NAE_ERA_R-1665_Eesti_Kunstnike_Liit, lk 23
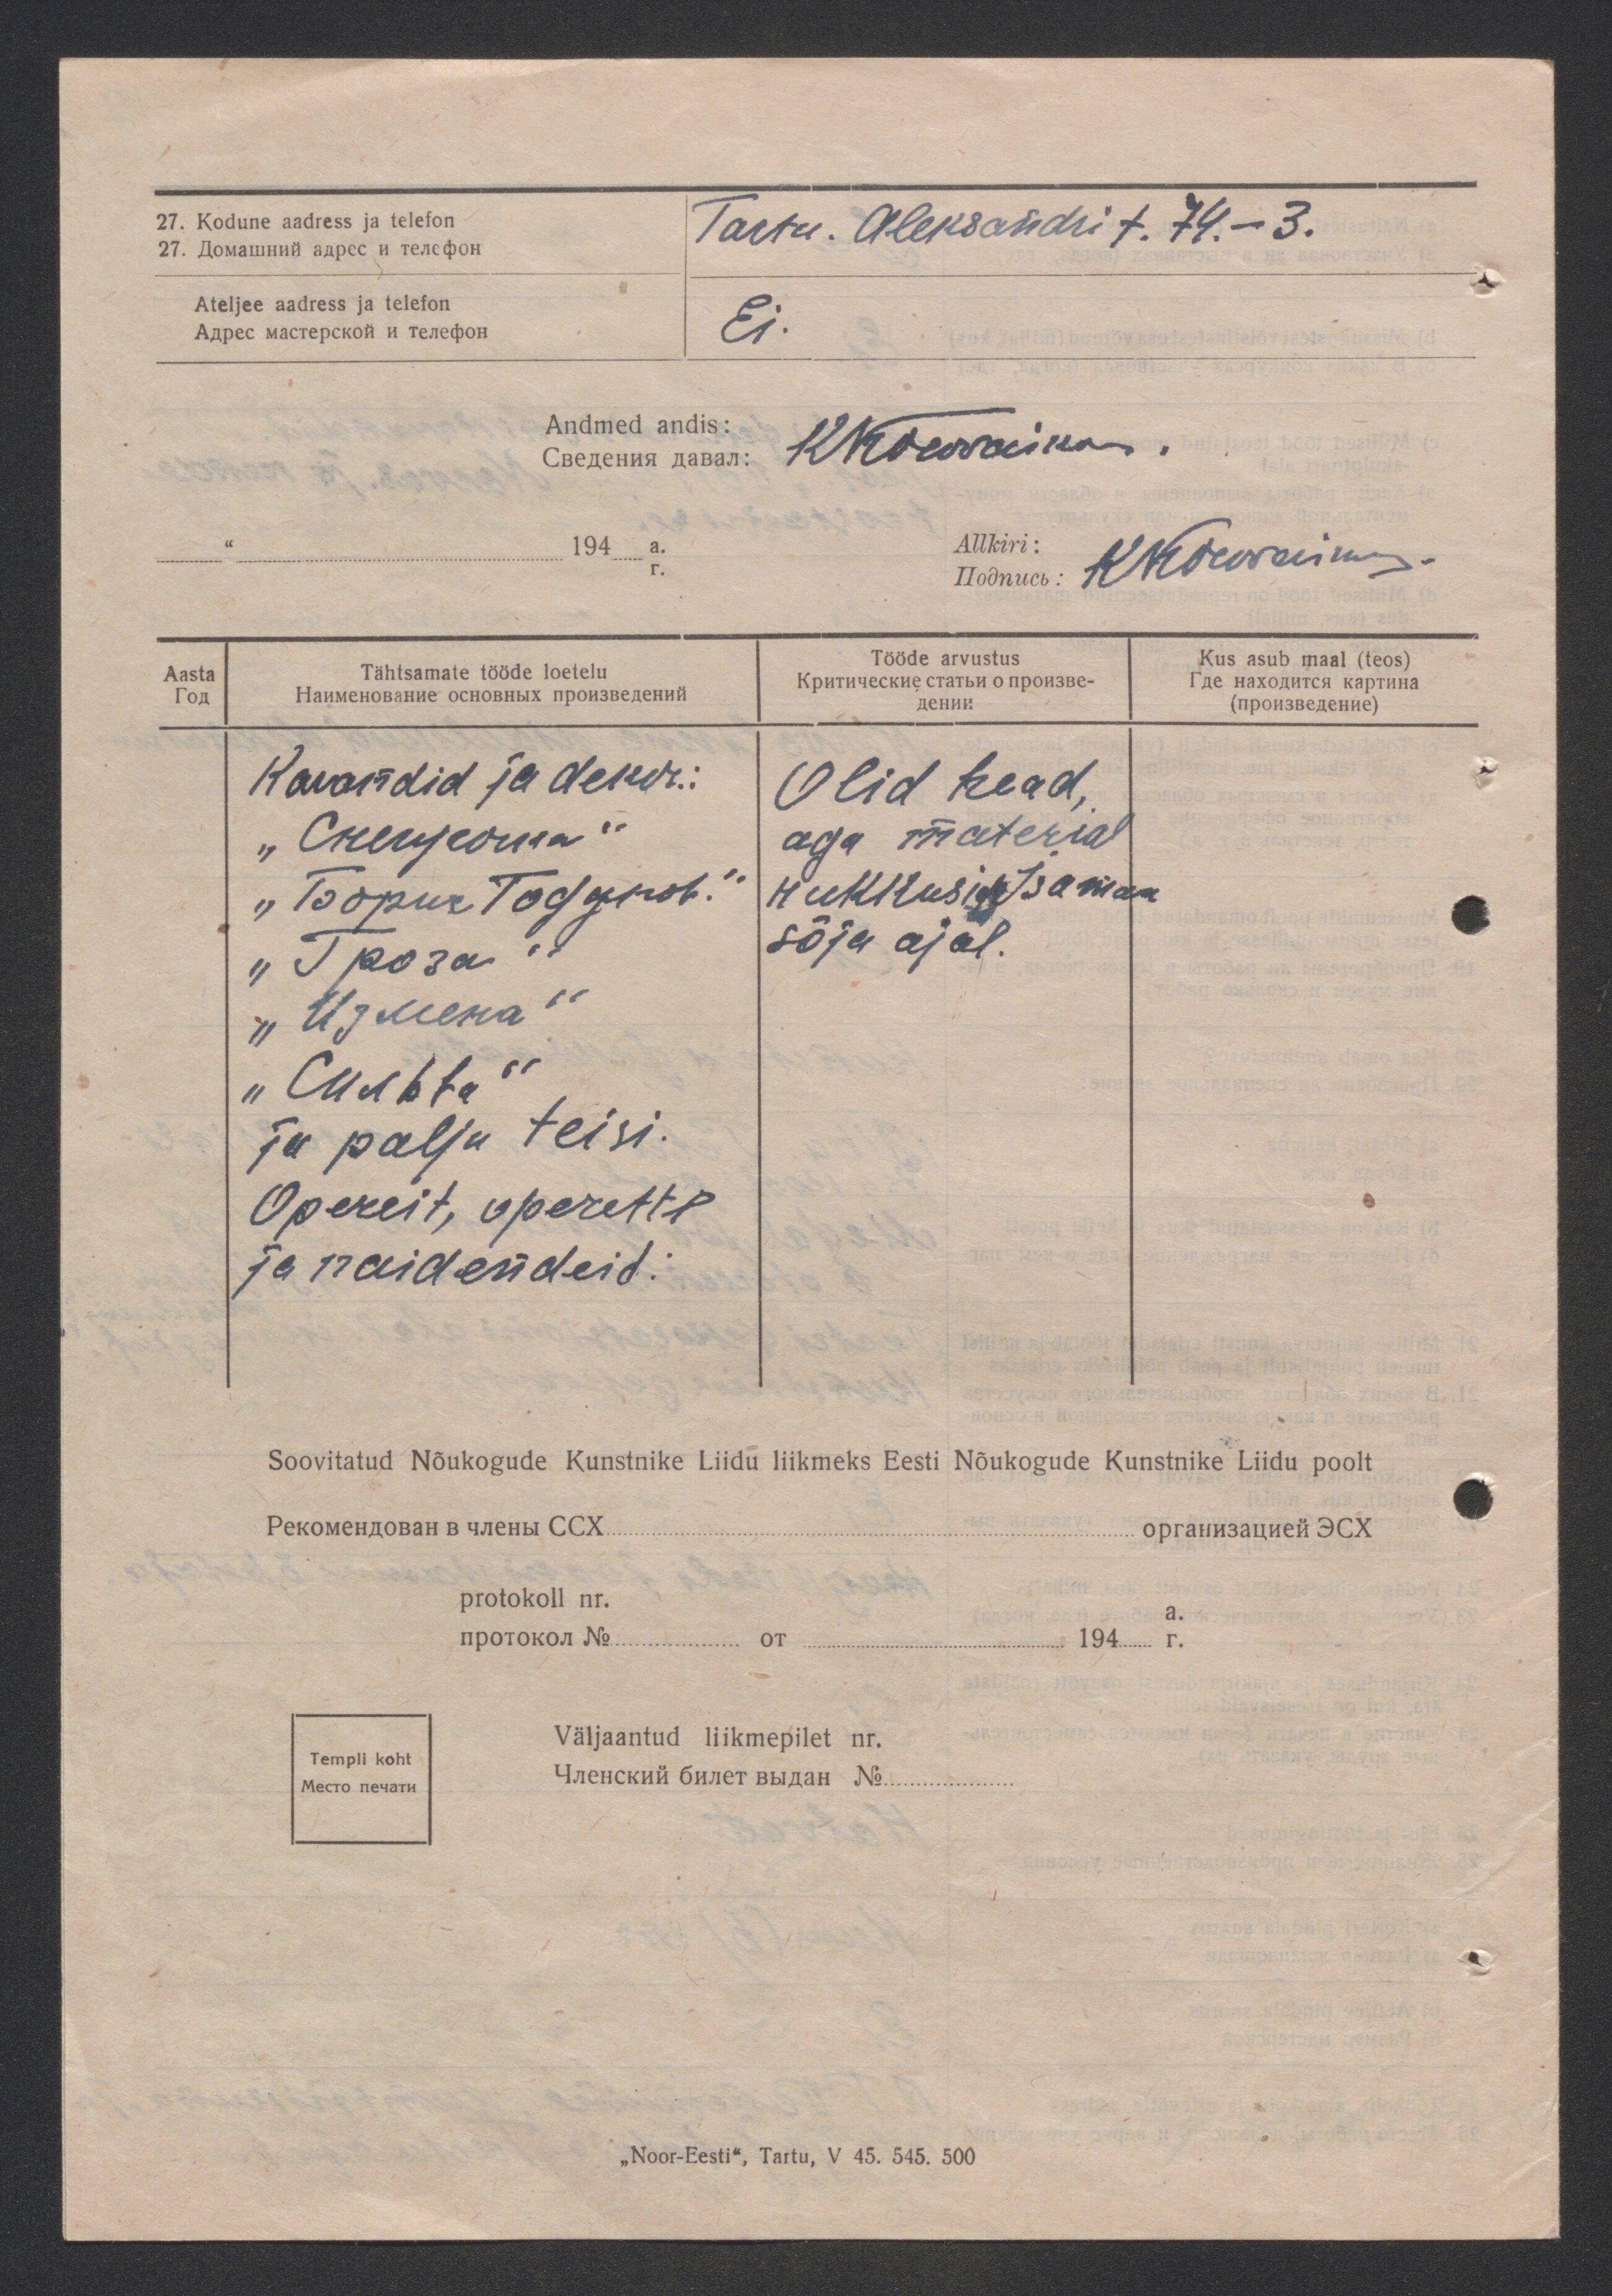
27. Kodune aadress ja telefon
Tartu. Aleksandri t. 74. - 3.
Ateljee aadress ja telefon
Ei.
Andmed andis:
Allkiri:
Aasta
Tähtsamate tööde loetelu
Tööde arvustus
Kus asub maal (teos)
Kavandid ja dekor.:
Olid head,
aga material
hukkusid Isamaa
sõja ajal.
ju palju teisi.
Opereit, operette
ja naidendeid:
Soovitatud Nõukogude Kunstnike Liidu liikmeks Eesti Nõukogude Kunstnike Liidu poolt
protokoll nr.
a.
Väljaantud liikmepilet nr.
Templi koht

„Noor-Eesti", Tartu, V 45. 545. 500